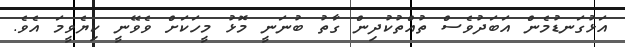
އަޅުގަނޑުމެން އަބަދުވެސް ތުއްތުކުދިން ގާތު ބުނަނީ މޮޅު މީހަކަށް ވެވޭނީ ކިޔެވީމަ އެވެ.